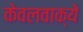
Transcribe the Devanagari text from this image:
केवलवाक्ये